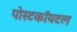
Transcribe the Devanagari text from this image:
पोस्टकॉयटल